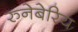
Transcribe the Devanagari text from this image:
रुनेबेरिय